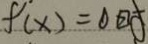
f ^ { \prime } ( x ) = 0 时